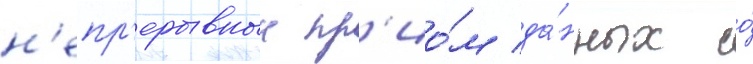
н'епр'ерывныи пр'ио́м да́нных со́